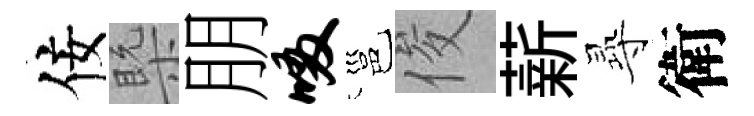
佞槩朋啜邕俊薪𡬶衛